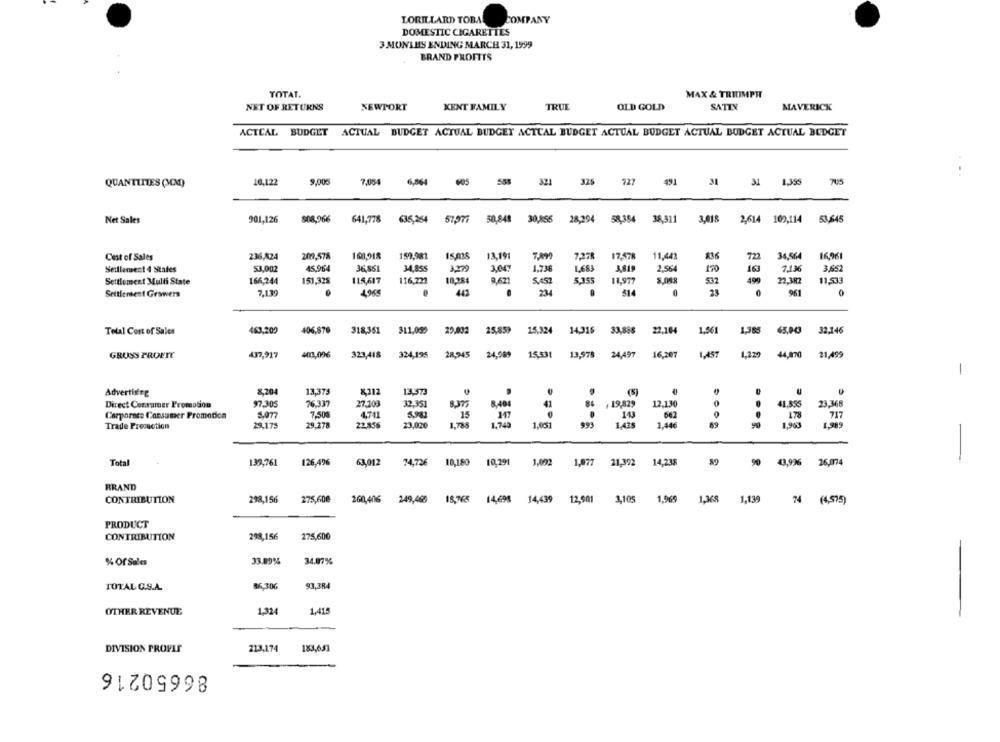
LORILLARD TOBA!
COMPANY
DOMESTIC CIGARETTES
3 MONTHS ENDING MARCH 31, 1999
BRAND PROFITS
TOTAL.
MAX & TRIUMPH
NET OF RETURNS
NEWPORT
KENT FAMILY
TRUE
OLD GOLD
SATIN
MAVERICK
ACTEAL BUDGET ACTUAL BUDGET ACTUAL BUDGET ACTUAL BUDGET ACTUAL BUDGET ACTUAL BUDGET ACTUAL BUDGET
QUANTITIES (NOM)
16.122
9,000
7,054 6,864
605 555
321 326 727 491 31 31 1,395
705
Net Sales
901,126
808,966
641,778
636,254
51,977
50,848
30,855
28.294
58,384 38,311
3,018 2,614 109,114
53,645
Cest of Sales
236,824
209,578
160,918
159,981
13,191
TAM
7,278
17.578
11,443
722
34,564
16,961
53.002
45,964
36.861
34.855
3279
3,047
1.736
1,683
3.819
2,564
7,136
3,652
Settlement 4 States
170
163
Settlement Multi State
166,244
151,328
115,617
116,722
10.284
9,62
5.451
5,355
11,977
532
49
22.387
11,533
Settlement Growers
7,139
4968
443
23
51
0
23
961
0
Total Cost of Sales
463,200
406,876
318,361 311,059 29,032 25,859 15,324 14,316 33,888 22,104
1,561
1.385
65,10
32,146
GRUSS PROFIT
437,917
402,096
323,418 324,195 28,945 24,969 15,531 13,578 24,497 16,207
1,457
1,229 44,070
21,499
-
Advertising
8,204
13,375
X312
13.573
(5)
Direct Consumer Promotion
97.305
76.337
27.109
32,351
8377
8.404
41
. 19,829
12,130
41,855
23,366
Corporate Consumer Promotion
5.077
7.500
4,741
5,983
15
662
178
717
29,175
29,278
22,856
23,020
1,785
1,749
1,903
Trade Promotion
1,051
993
1,425
1,44€
1,989
-
59
Total
139,761
126,49%
63,012
74,726
10,180
10,2911
1,092
1,977
21,392
14,238
90 43,996 26,074
BRAND
CONTRIBUTION
298,156
275,608
260,406
249,465
18,765 14,698 14,439 12,901 3,105 1,969 1,368 1,139 74 (4,575)
PRODUCT
CONTRIBUTION
298,156
275,600
% Of Sales
33.89%
34.07%
TOTAL C.S.A.
86,306
93,384
OTHER REVENUE
1,324
1,415
DIVISION PROFIT
213,174
183,657
86650216